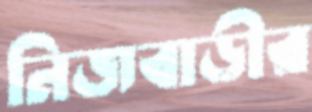
নিজবাড়ীর